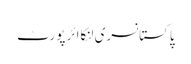
پاکستانسری لنکاائر پورٹ